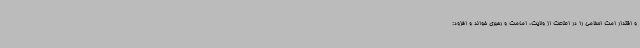
و اقتدار امت اسلامی را در اطاعت از ولایت، امامت و رهبری خواند و افزود: